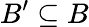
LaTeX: B^{\prime}\subseteq B